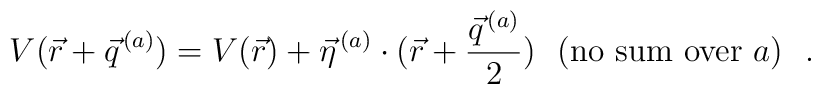
V(\vec{r} + \vec{q}^{\, (a)}) = V(\vec{r}) +\vec{\eta}^{\, (a)} \cdot (\vec{r} + \frac{\vec{q}^{\, (a)}}{2})~~(\rm no~sum~over~\mit a)~~.